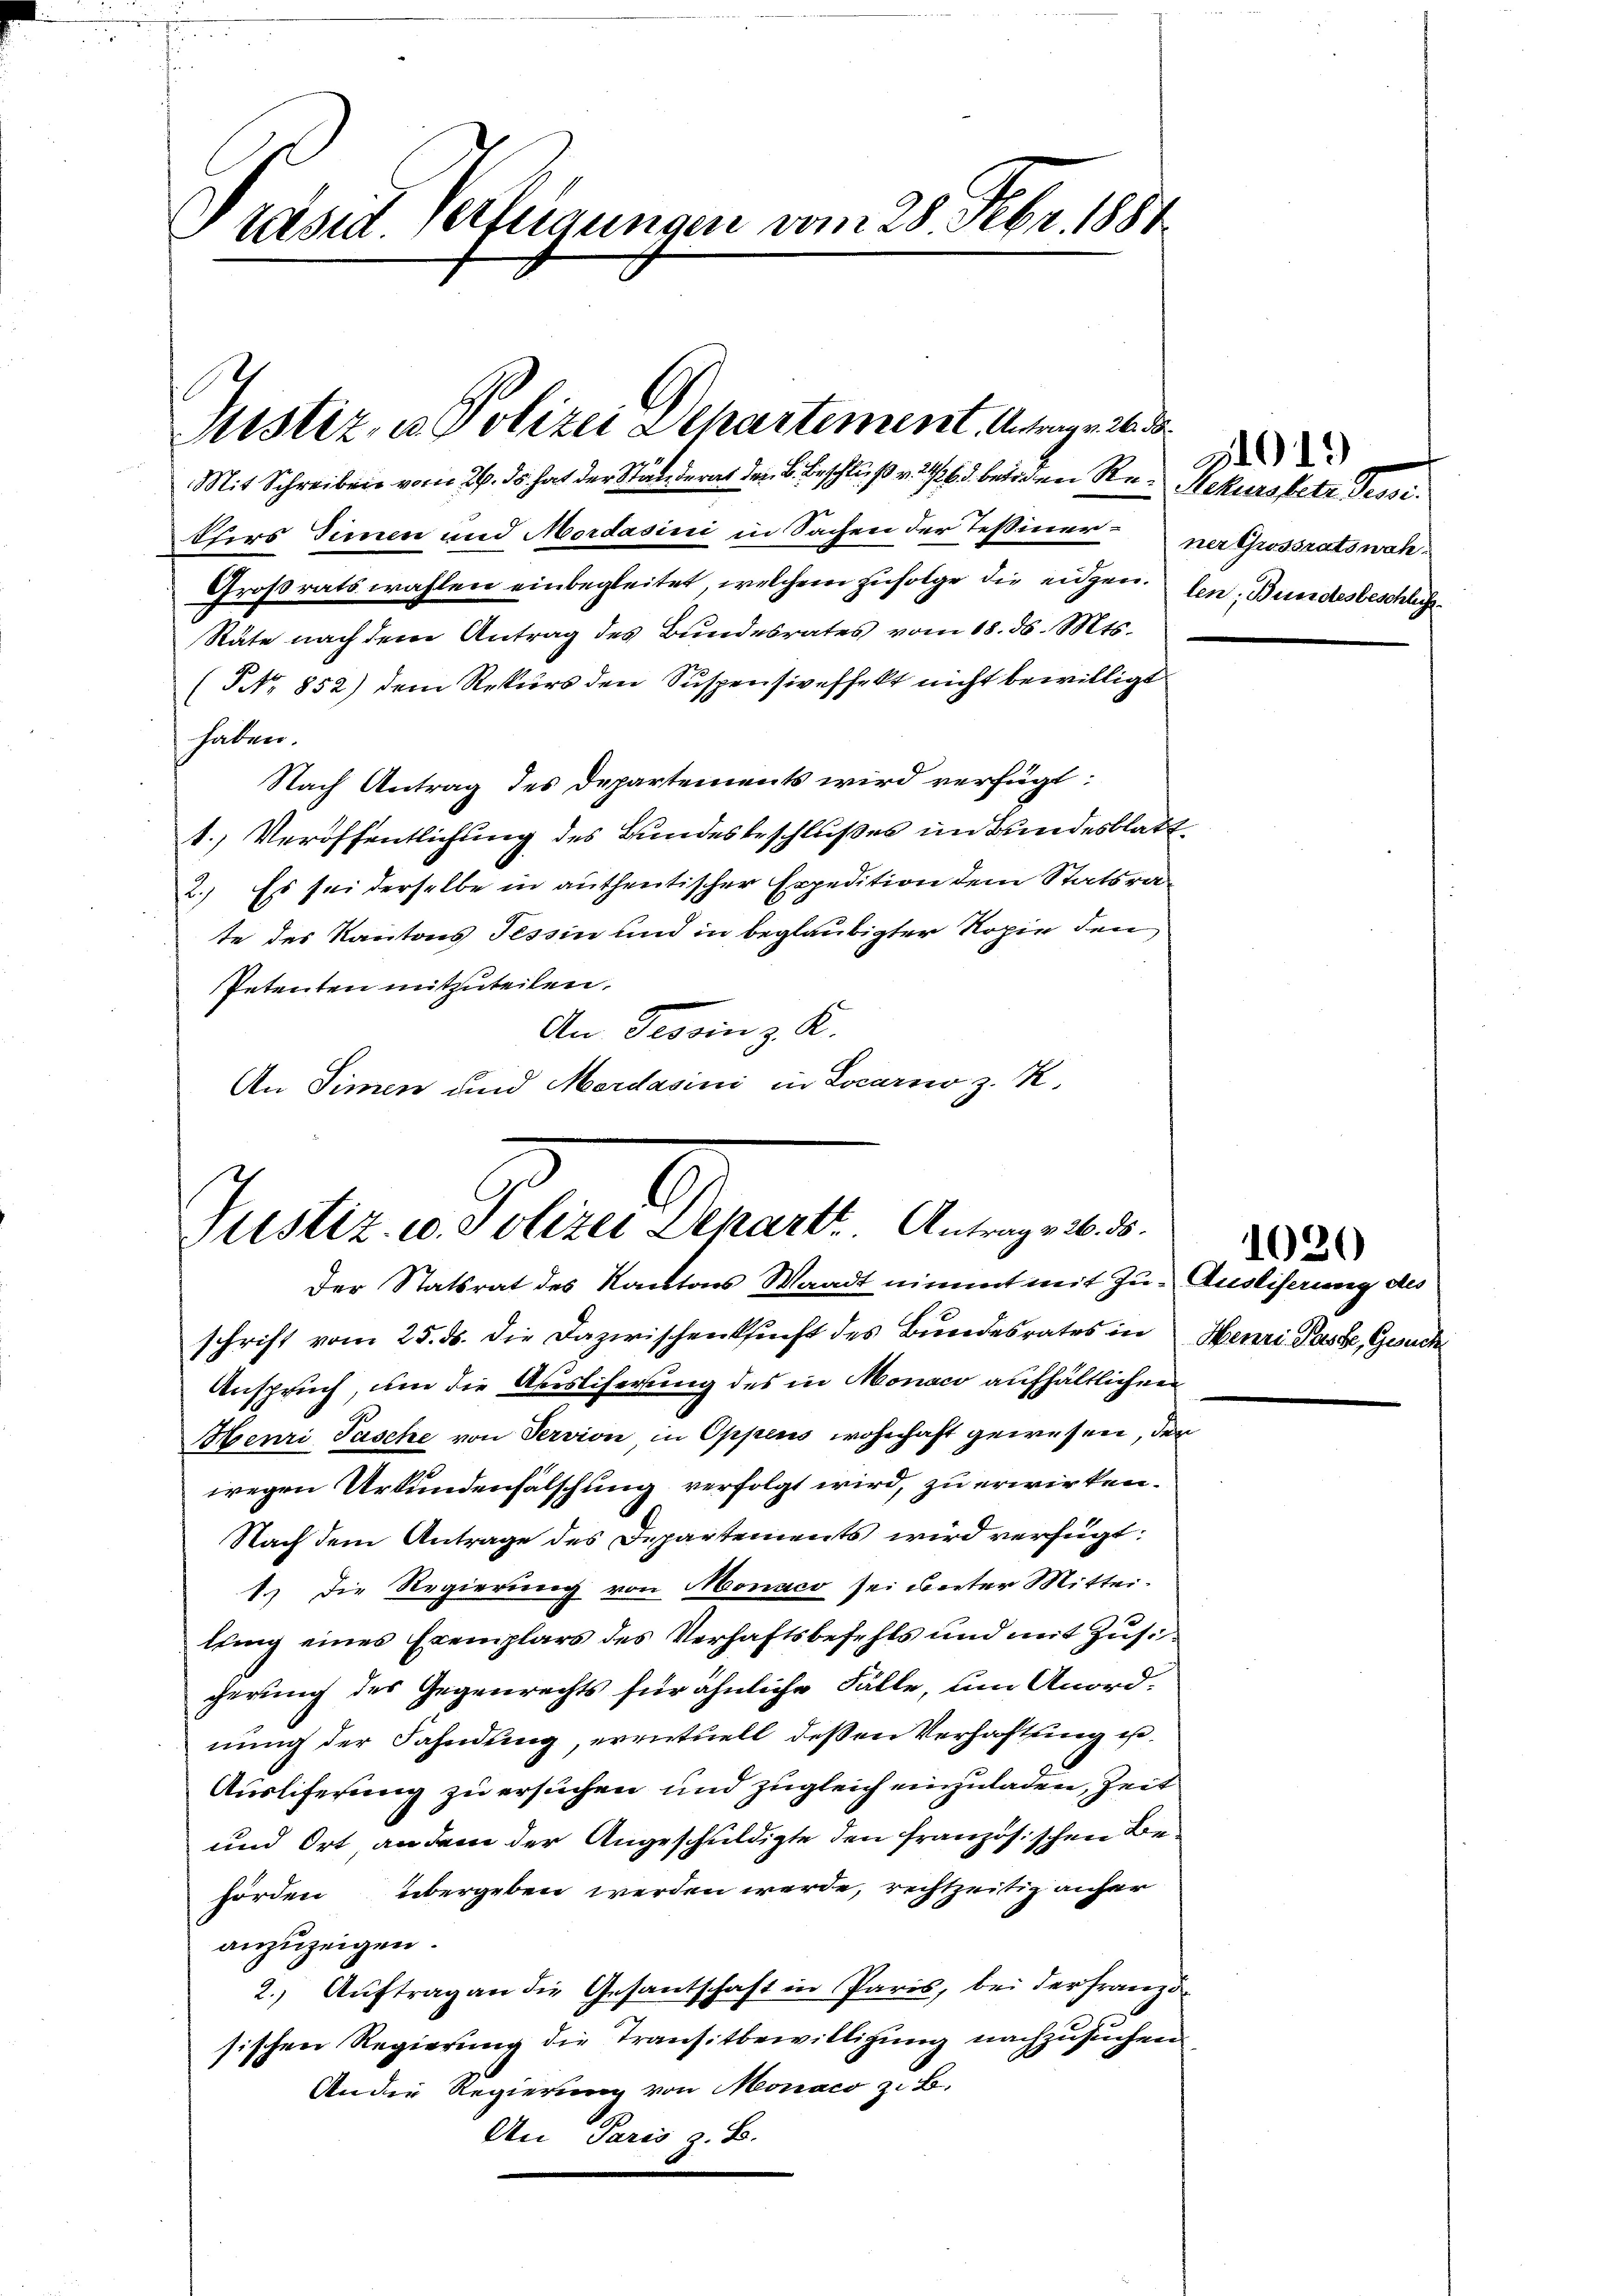
.
Präsid. Verlegungen vom 28. Febr. 1881

Justiz, u. Polizei Departement. Antrag v. 26. d.
Mit Schreiben vom 26. ds hat der Stade derat der B. Beschluß v. 163 beiden Re- Rekursbetz Tessi.

Pfers Simen und Mordasini in Sachen der Teßinerner Grossratswah¬
Großratswahlen einbegleitet, welchem zufolge die eidgen. den Bundesbeschlich
Räte nach dem Antrag des Bundesrates vom 18. d. Mts.
(No 852) dem Rekurs den Suspensiveffekt nicht bewilligt
haben.
Nach Antrag des Departements wird verfügt:
1.) Veröffentlichung des Bundesbeschlußes im Bundesblatt,
2.) Es sei derselbe in autheritischer Expedition dem Statsrate des Kantons Tessin und in beglaubigter Kopie den
Petenten mitzuteilen.
An Tessin z. K.
An Simen und Mordasini in Locarno z. K.

Justiz- u. Polizei Departt. Antrag 26. ds.
Der Statsrat des Kantons Waadt nimmt mit Zu- Ausliferung des

schrift vom 25. ds. die Dazwischenkunft des Bundesrates in Henri Paste, Gesuch
Anspruch, um die Ausliserung des in Monaco aufhältlichen
Henri Tasche von Servion in Oppens wohnhaft gewesen, der
wegen Urkundenfalschung verfolgt wird, zu erwirken.
Nach dem Antrage des Departements wird verfügt:
1.) Die Regierung von Monaco sei unter Mitteilung eines Exemplars des Verhaftsbefehls und mit Zusigerung des Gegenrechts für ähnliche Fälle, um Anordnung der Fahndung, eventuell deßen Verhaftung ei¬
Auslieferung zu ersuchen und zugleich einzuladen, Zeit
und Ort an dem der Angeschuldigte den französischen Behörden übergeben werden werde, rechtzeitig anher
anzuzeigen.
2.) Auftrag an die Gesantschaft in Paris, bei der Franzö-
sischen Regierung die Transitbewilligung nachzusuchen
An die Regierung von Monaco z. B.
An Paris z. B.

31015

1020